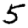
Digit: 5